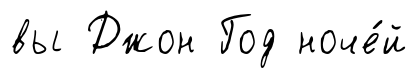
вы Джон Год ноче́й